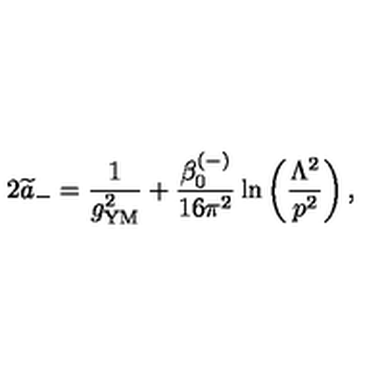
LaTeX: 2 { \widetilde a } _ { - } = { \frac { 1 } { g _ { \mathrm { { \small Y M } } } ^ { 2 } } } + { \frac { \beta _ { 0 } ^ { ( - ) } } { 1 6 \pi ^ { 2 } } } \ln \left( { \frac { \Lambda ^ { 2 } } { p ^ { 2 } } } \right) ,